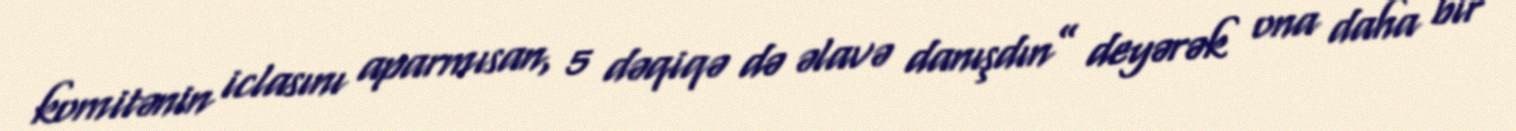
komitənin iclasını aparmısan, 5 dəqiqə də əlavə danışdın” deyərək ona daha bir